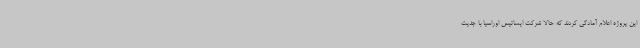
این پروژه اعلام آمادگی کردند که حالا شرکت ایساتیس اوراسیا با جدیت